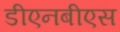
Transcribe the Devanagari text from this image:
डीएनबीएस